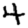
Digit: 4